Leningradi_Edasi_toimetus, lk 67
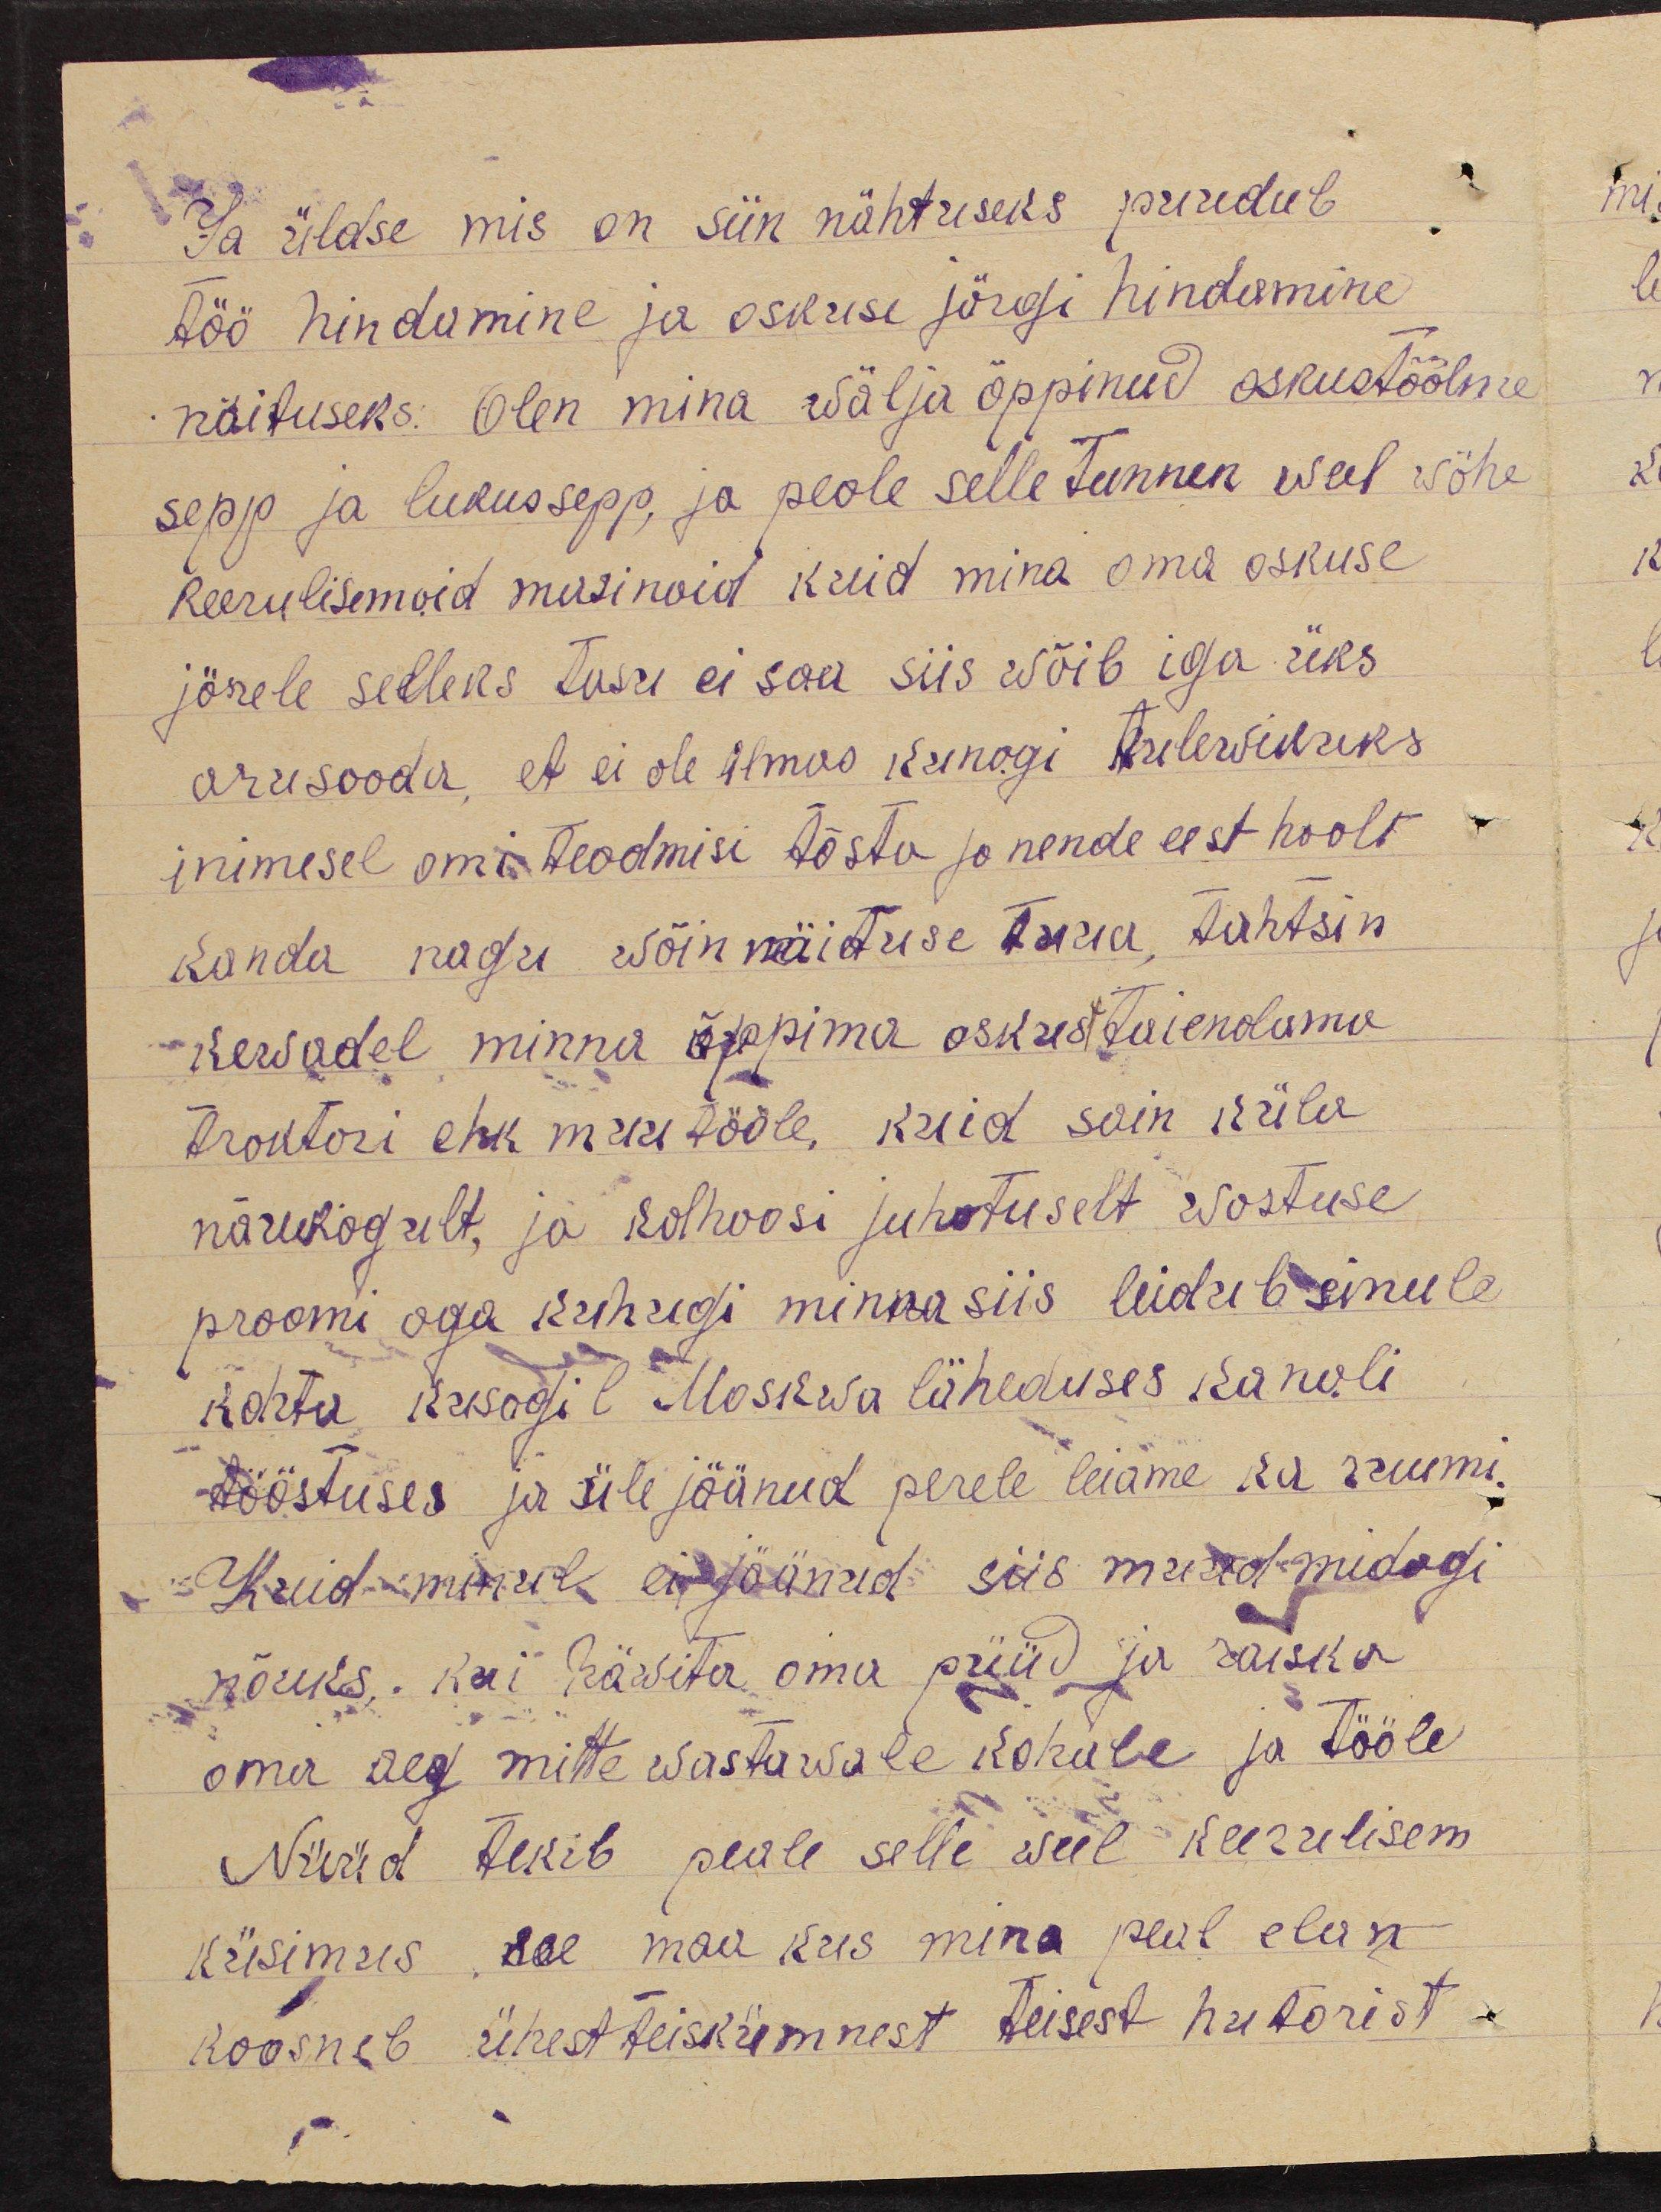
Ja üldse mis on siin nähtuseks puudub
töö hindamine ja oskuse järgi hindamine
näituseks: Olen mina wälja õppinud oskustööline
sepp ja lukussepp, ja peale selle tunnen weel wähe
keerulisemaid masinaid kuid mina oma oskuse
järele selleks tasu ei saa siis wõib iga üks
arusaada, et ei ole ilmas kunagi tulewikuks
inimesel omi teadmisi tõsta ja nende eest hoolt
kanda nagu wõin näituse tuua, tahtsin
kewadel minna õppima oskustäienduma
traktori ehk muu tööle, kuid sain küla
nõukogult, ja kolhoosi juhatuselt wastuse
proomi aga kuhugi minna siis leidub sinule
kohta kusagil Moskwa läheduses kanali
tööstuses ja üle jäänud perele leiame ka ruumi.
Kuid minul ei jäänud siis muid midagi
nõuks, kui hävita oma püüd ja raiska
oma aeg mitte wastawale kohule ja tööle
Nüüd tekib peale selle weel keerulisem
küsimus see maa kus mina peal elan
koosneb ühestteiskümnest teisest hutorist.